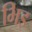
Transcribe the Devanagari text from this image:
भिइ